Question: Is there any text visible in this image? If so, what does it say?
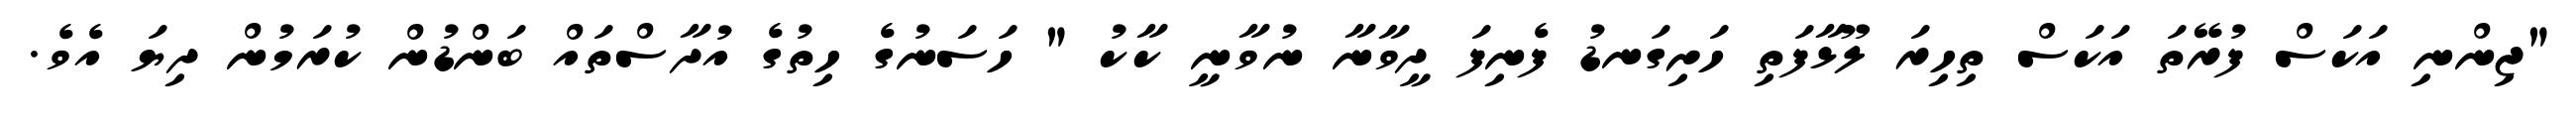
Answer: "ޖިންނި އަކަސް ފުރޭތަ އަކަސް ތިހިރަ ލޫޅާފަތި ހަށިގަނޑު ފެނިފަ ދީވާނާ ނުވާނީ ކާކު " ހަސަނުގެ ހިތުގެ އުދާސްތައް ބަންޑުން ކުރަމުން ދިޔަ އެވެ.